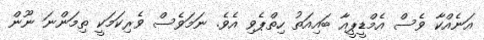
އަނެއްކާ ވެސް އެމްޑީޕީއާ ބައިއަތު ހިތްޕެވި އެވެ. ނަމަވެސް ވެރިކަމަކީ ތިމަންނަ ނޫން